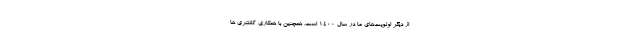
از دیگر اولویت‌های ما در سال ۱۴۰۰ است. همچنین با همکاری کلانتری ها